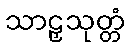
သာဠှသုတ္တံ